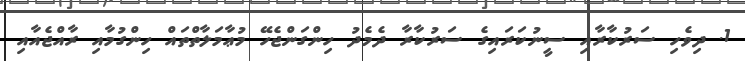
1. ދިވެހި ސަރުކާރާއި ސީނުކަރައިގެ ސަރުކާރާ ދެމެދު ހިންގަންޖެހޭ މުޢާމަލާތްތައް ހިންގުމާއި ރާއްޖެއާއި